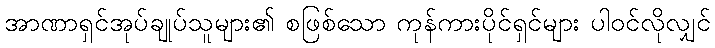
အာဏာရှင်အုပ်ချုပ်သူများ၏ စဖြစ်သော ကုန်ကားပိုင်ရှင်များ ပါဝင်လိုလျှင်